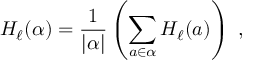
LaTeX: H _ { \ell } ( \alpha ) = { \frac { 1 } { | \alpha | } } \left( \sum _ { a \in \alpha } H _ { \ell } ( a ) \right) ~ ,